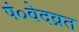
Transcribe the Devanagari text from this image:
पं०वेदव्रत